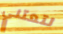
لتعتني